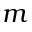
m